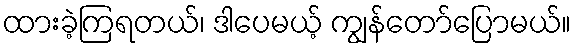
ထားခဲ့ကြရတယ်၊ ဒါပေမယ့် ကျွန်တော်ပြောမယ်။